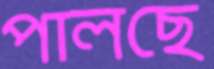
পালছে